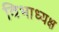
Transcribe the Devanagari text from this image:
विभाध्यक्ष